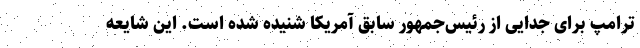
ترامپ برای جدایی از رئیس‌جمهور سابق آمریکا شنیده شده است. این شایعه